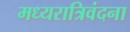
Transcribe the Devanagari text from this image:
मध्यरात्रिवंदना